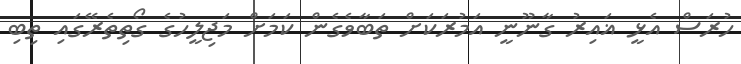
ހުރަސް އެޅީ ޣައިރު ގާނޫނީ އަމުރަކަށް ތަބާވެގެން ކަމަށް މަޖިލީހުގެ ގޯތިތެރޭގައި ތިބި